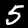
Label: 5